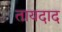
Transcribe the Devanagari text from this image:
तायदाद